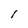
Character: l